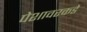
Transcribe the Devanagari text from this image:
पेशावरकडे